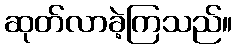
ဆုတ်လာခဲ့ကြသည်။